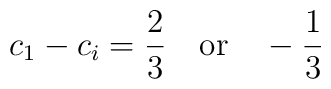
c_1-c_i=\frac{2}{3}  \quad {\rm or} \quad -\frac{1}{3}